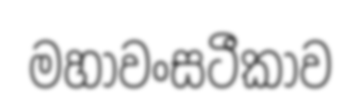
මහාවංසටීකාව